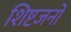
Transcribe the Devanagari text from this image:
शिष्टजनों